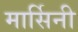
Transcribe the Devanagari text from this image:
मार्सिनी